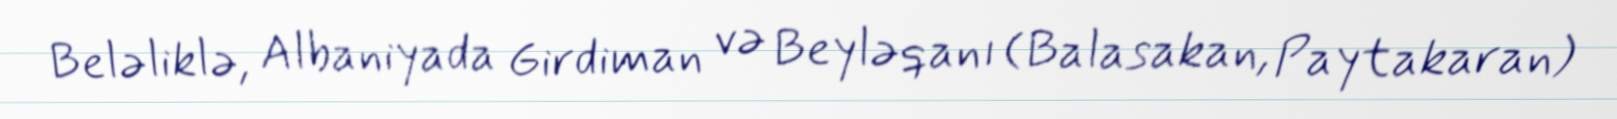
Beləliklə, Albaniyada Girdiman və Beyləqanı (Balasakan, Paytakaran)